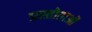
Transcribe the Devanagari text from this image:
प्रस्तोताओं